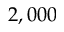
2 , 0 0 0